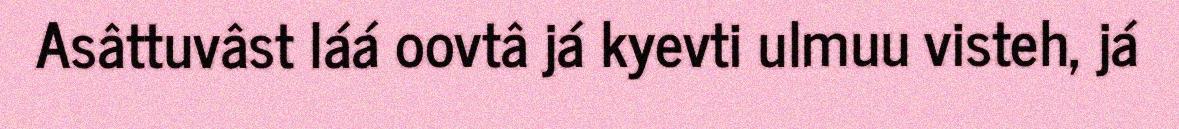
Asâttuvâst láá oovtâ já kyevti ulmuu visteh, já